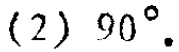
(2) \(90^{\circ}\)